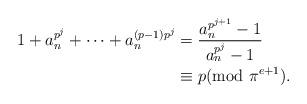
LaTeX: \begin{align*}1 + a_n^{p^j}+ \cdots + a_n^{(p-1)p^j}&=\frac{a_n^{p^{j+1}}-1}{a_n^{p^j}-1}\\&\equiv p ({\rm mod} \ \pi^{e+1}).\end{align*}